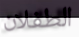
الطفلان